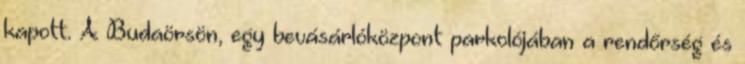
kapott. A Budaörsön, egy bevásárlóközpont parkolójában a rendőrség és